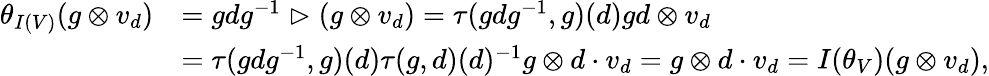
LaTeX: \begin{array}{rl}{\theta_{I(V)}(g\otimes v_{d})}&{=gdg^{-1}\vartriangleright(g\otimes v_{d})=\tau(gdg^{-1},g)(d)gd\otimes v_{d}}\\ &{=\tau(gdg^{-1},g)(d)\tau(g,d)(d)^{-1}g\otimes d\cdot v_{d}=g\otimes d\cdot v_{d}=I(\theta_{V})(g\otimes v_{d}),}\end{array}